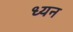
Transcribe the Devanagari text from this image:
ध्यन